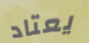
يعتاد